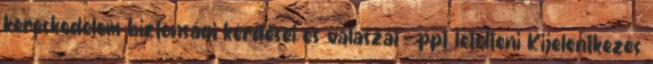
kereskedelem biztonsági kérdései és válaszai - ppt letölteni Kijelentkezés